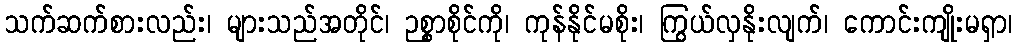
သက်ဆက်စားလည်း၊ များသည်အတိုင်၊ ဉစ္စာစိုင်ကို၊ ကုန်နိုင်မစိုး၊ ကြွယ်လှနိုးလျက်၊ ကောင်းကျိုးမရှာ၊